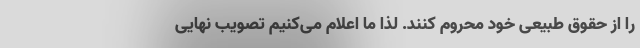
را از حقوق طبیعی خود محروم کنند. لذا ما اعلام می‌کنیم تصویب نهایی